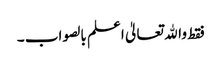
فقط واﷲ تعالیٰ اعلم بالصواب ۔